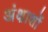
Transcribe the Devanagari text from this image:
अंक्षाशों